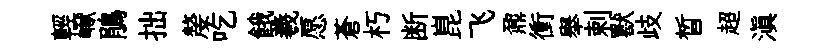
輕𪩘鵑拙嫠吃餓羲愿蒼朽断崑飞鼐衝舉剌獸歧晳超滇